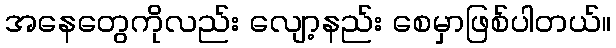
အနေတွေကိုလည်း လျော့နည်း စေမှာဖြစ်ပါတယ်။